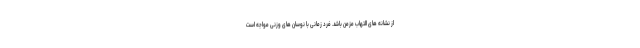
از نشانه های التهاب مزمن باشد. فرد زمانی با نوسان های وزنی مواجه است